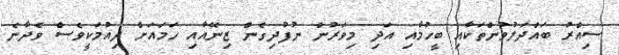
ސިއްރު ބައްދަލުވުންތަކާއި ބީހުމާއި އަދި މިވަރުން ނުފުދިގެން ޒިނޭއާއި ހަމައަށް ދިއުމަކީވެސް ވެދާނެ